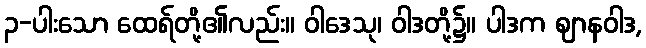
၃-ပါးသော ထေရ်တို့၏လည်း။ ဝါဒေသု၊ ဝါဒတို့၌။ ပါဒက ဈာနဝါဒ,